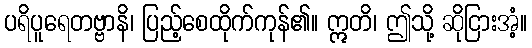
ပရိပူရေတဗ္ဗာနိ၊ ပြည့်စေထိုက်ကုန်၏။ ဣတိ၊ ဤသို့ ဆိုငြားအံ့။